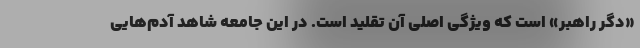
«دگر راهبر» است که ویژگی اصلی آن تقلید است. در این جامعه شاهد آدم‌هایی